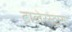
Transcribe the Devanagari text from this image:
टालेरस्ट्रास